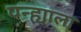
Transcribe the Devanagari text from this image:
पन्ह्याला